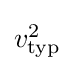
{\textstyle v_{\mathrm {typ} }^{2}}